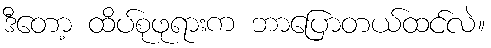
ဒီတော့ ထိပ်စုဖုရားက ဘာပြောတယ်ထင်လဲ။